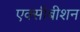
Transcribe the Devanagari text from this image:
एक्सीबीशन